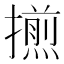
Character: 𢶕